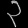
Digit: ၃